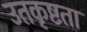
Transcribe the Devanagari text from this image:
उतकृष्टता